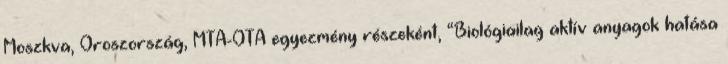
Moszkva, Oroszország, MTA-OTA egyezmény részeként, “Biológiailag aktív anyagok hatása